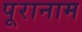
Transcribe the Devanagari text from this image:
पूरानाम